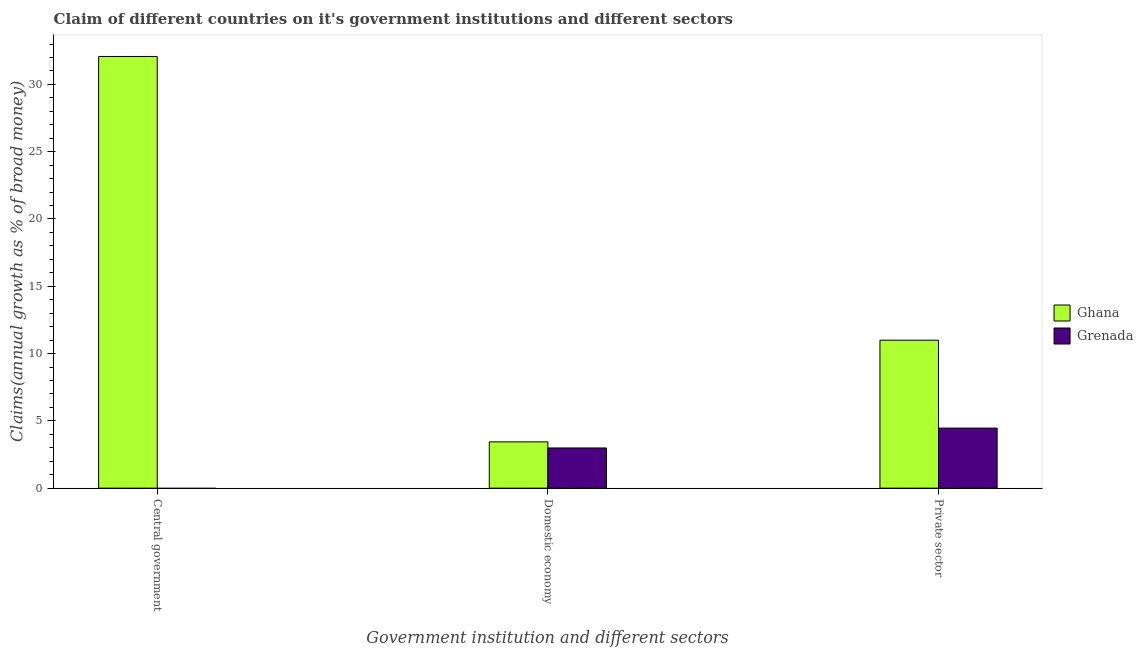
| Government institution and different sectors | Ghana | Grenada |
 | --- | --- | --- |
 | Central government | 32.1 | -3.97 |
 | Domestic economy | 3.44 | 2.99 |
 | Private sector | 11 | 4.46 |